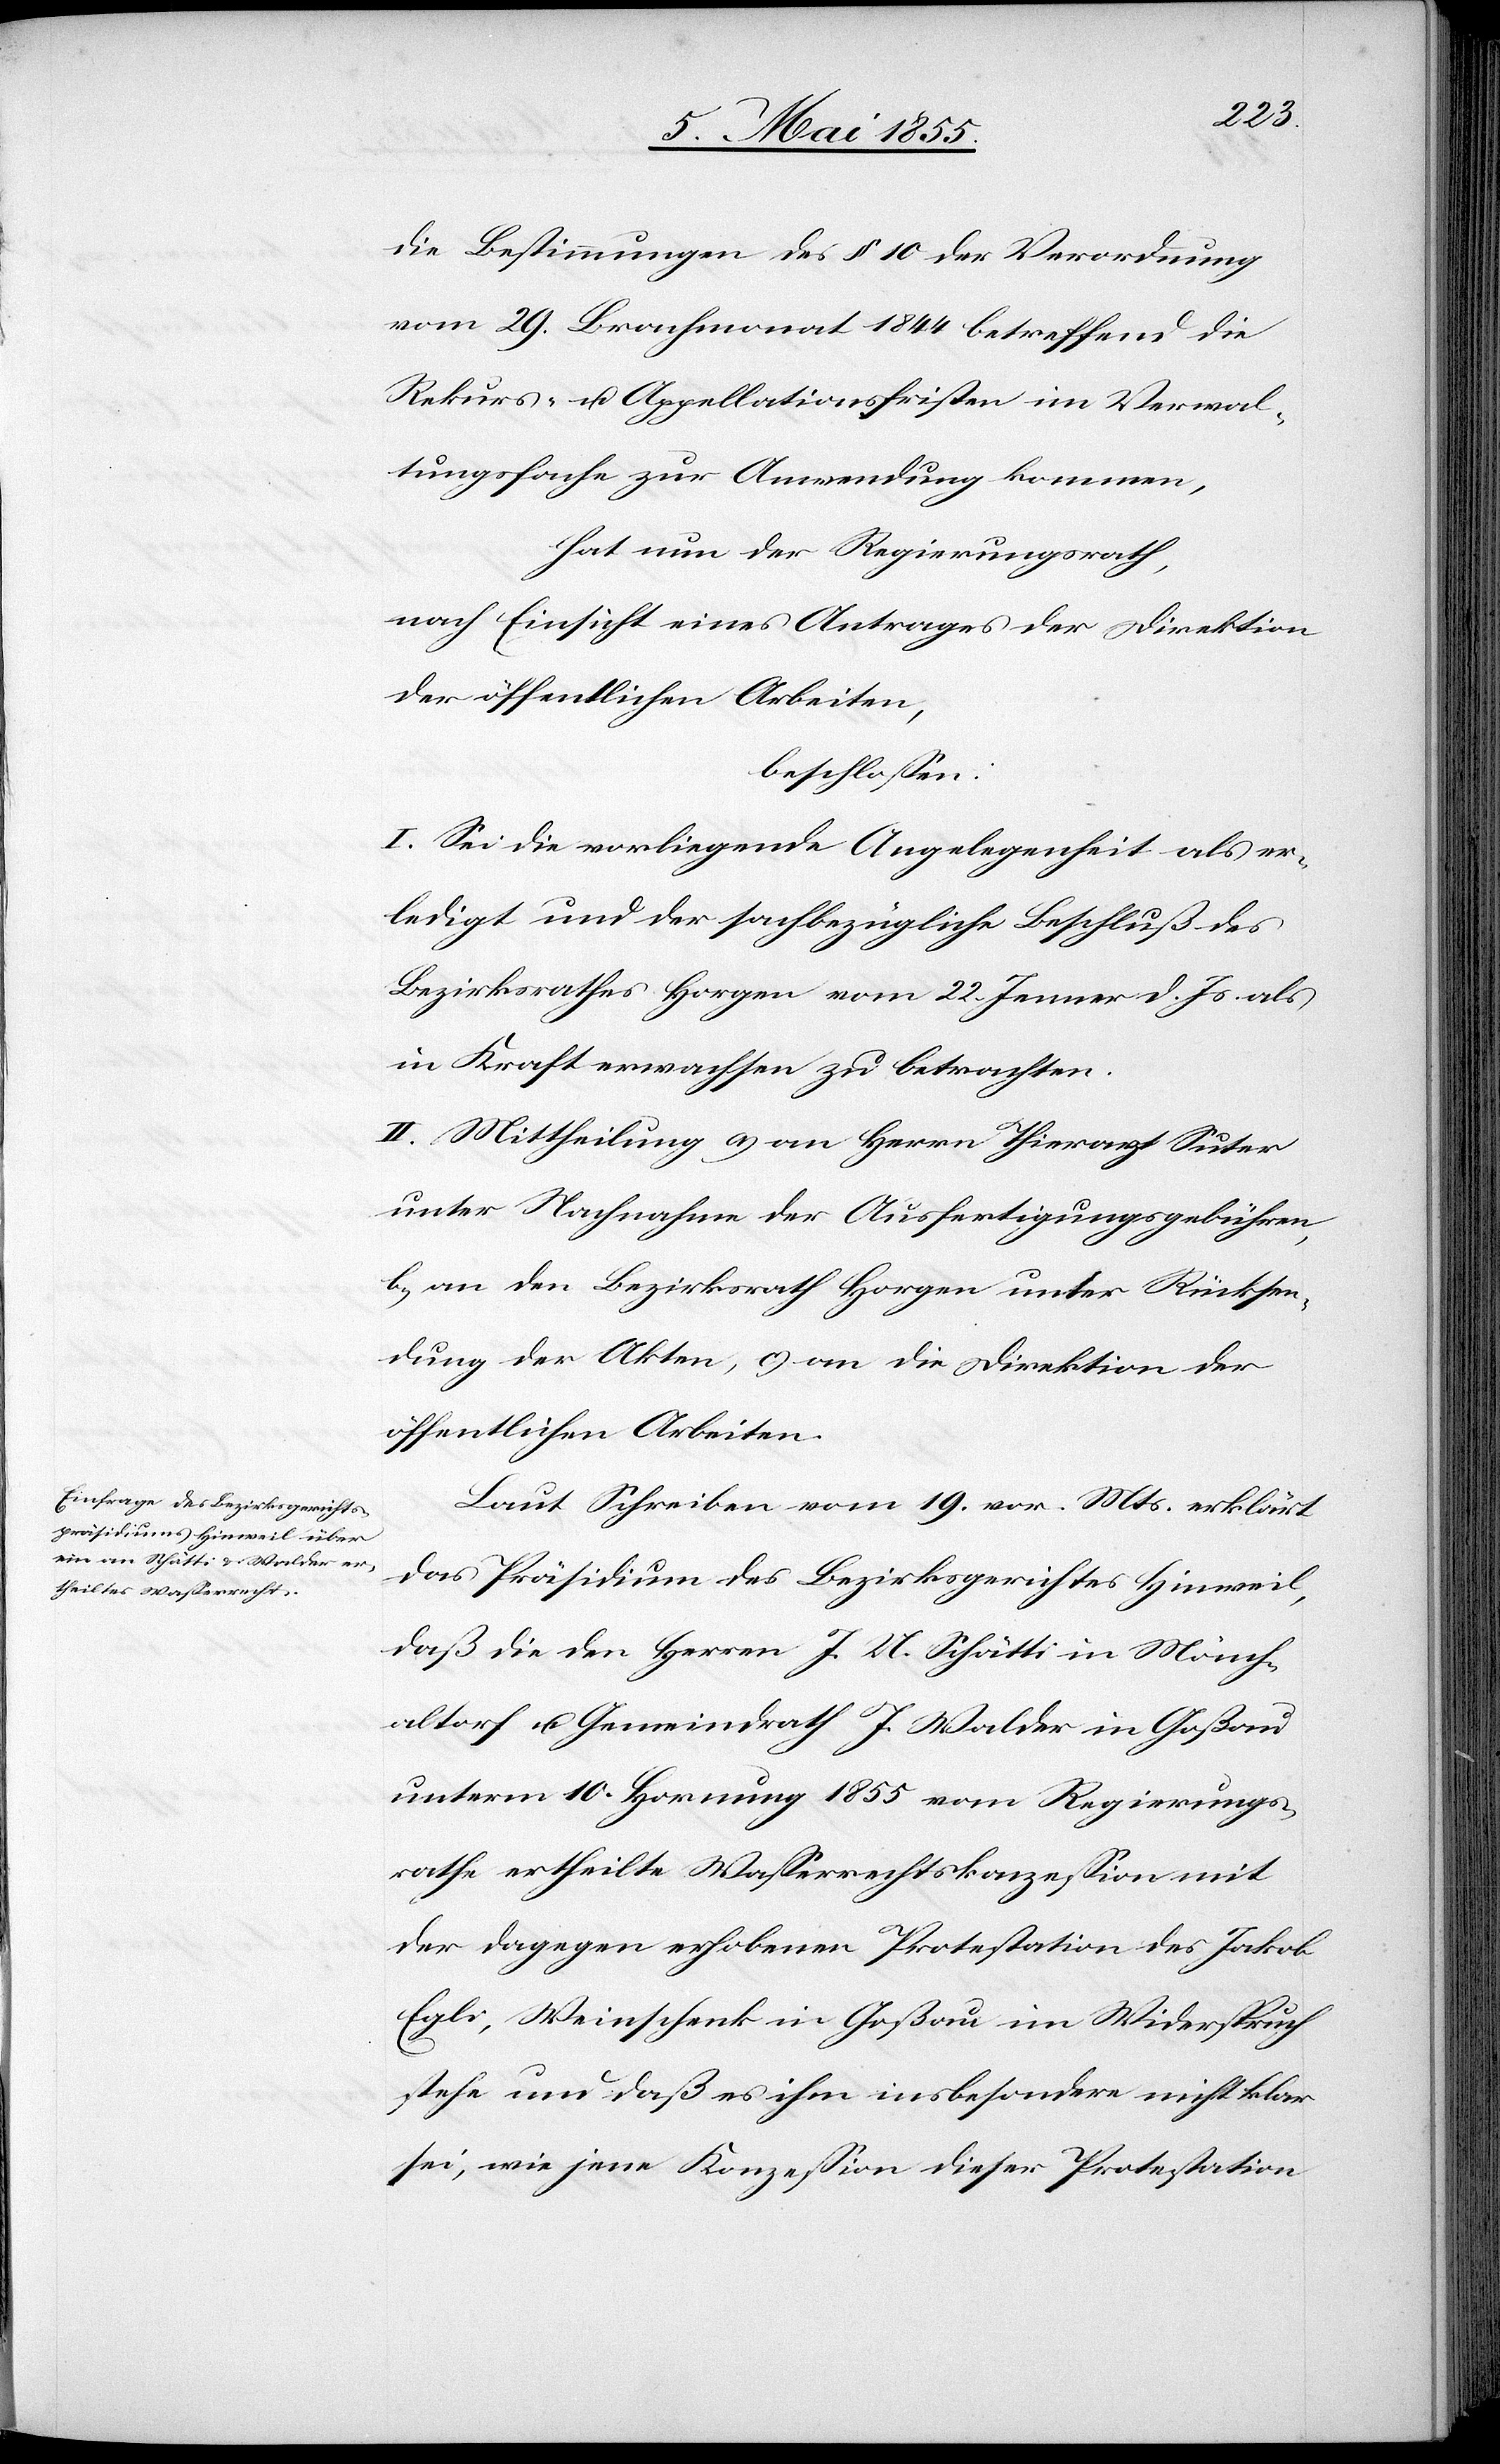
die Bestimmungen des § 10 der Verordnung
vom 29. Brachmonat 1844 betreffend die
Rekurs- u. Appellationsfristen im Verwal¬
tungsfache zur Anwendung kommen,
hat nun der Regierungsrath,
nach Einsicht eines Antrages der Direktion
der öffentlichen Arbeiten,
beschlossen:
I. Sei die vorliegende Angelegenheit als er¬
ledigt und der sachbezügliche Beschluß des
Bezirksrathes Horgen vom 22. Jenner d. Js. als
in Kraft erwachsen zu betrachten.
II. Mittheilung a) an Herrn Thierarzt Suter
unter Nachnahme der Ausfertigungsgebühren,
b) an den Bezirksrath Horgen unter Rücksen¬
dung der Akten, c) an die Direktion der
öffentlichen Arbeiten.
Laut Schreiben vom 19. vor. Mts. erklärt
das Präsidium des Bezirksgerichtes Hinweil,
daß die den Herren J. U. Schätti in Mönch¬
altorf u. Gemeindrath J. Walder in Goßau
unterm 10. Hornung 1855 vom Regierungs¬
rathe ertheilte Wasserrechtskonzession mit
der dagegen erhobenen Protestation des Jakob
Egli, Weinschenk in Goßau im Widerspruch
stehe und daß es ihm insbesondere nicht klar
sei, wie jene Konzession dieser Protestation